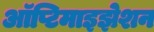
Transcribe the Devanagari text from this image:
ऑप्टिमाइझेशन